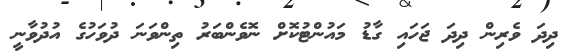
ދިދަ ވެރިން ދިދަ ޖަހައި ގާޑު މައުންޓުކޮށް ނޮވެންބަރު ތިންވަނަ ދުވަހުގެ އުދުވާނީ